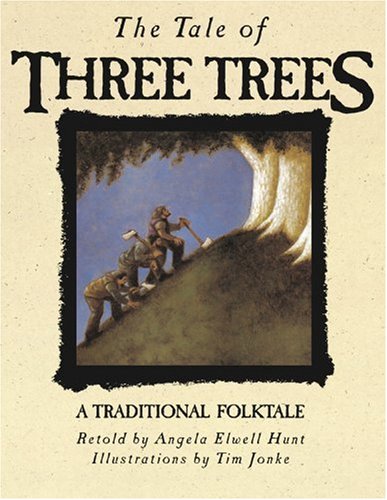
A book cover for The Tale of Three Trees: A Traditional Folktale; Angela Elwell Hunt; Literature & Fiction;